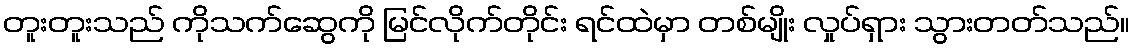
တူးတူးသည် ကိုသက်ဆွေကို မြင်လိုက်တိုင်း ရင်ထဲမှာ တစ်မျိုး လှုပ်ရှား သွားတတ်သည်။